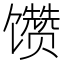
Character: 𱄊